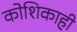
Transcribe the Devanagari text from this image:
कोशिकाही